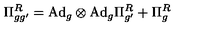
\Pi _ { g g ^ { \prime } } ^ { R } = \mathrm { A d } _ { g } \otimes \mathrm { A d } _ { g } \Pi _ { g ^ { \prime } } ^ { R } + \Pi _ { g } ^ { R }